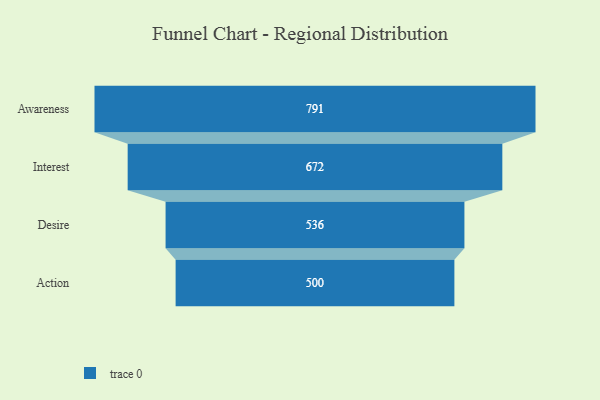
{"axis": {"x": "Stage", "y": "Value"}, "legend": [""], "data": [{"x": "Awareness", "y": 791.0, "type": ""}, {"x": "Interest", "y": 672.0, "type": ""}, {"x": "Desire", "y": 536.0, "type": ""}, {"x": "Action", "y": 500, "type": ""}]}